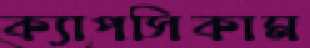
ক্যাপসিকাম